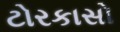
ટોરકાસો